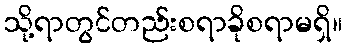
သို့ရာတွင်တည်းစရာခိုစရာမရှိ။